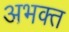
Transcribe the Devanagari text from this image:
अभक्त